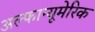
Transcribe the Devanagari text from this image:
अल्फान्यूमेरिक